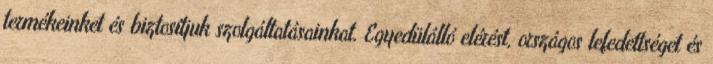
termékeinket és biztosítjuk szolgáltatásainkat. Egyedülálló elérést, országos lefedettséget és